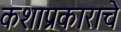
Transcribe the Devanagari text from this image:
कशाप्रकाराचे